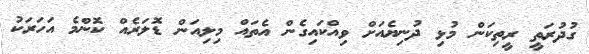
ގުދުރަތީ ރީތިކަން މުޅި ދުނިޔެއަށް ވިއްކައިގެން އެތައް މިލިއަން ޑޮލަރެއް ކޮންމެ އަހަރަކު